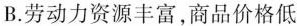
B.劳动力资源丰富，商品价格低